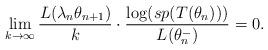
LaTeX: \begin{align*}\lim_{k\rightarrow \infty }\frac{L(\lambda _{n}\theta _{n+1})}{k}\cdot \frac{\log (sp(T(\theta _{n})))}{L(\theta _{n}^{-})}=0. \end{align*}